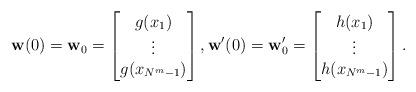
LaTeX: \begin{align*} \mathbf{w}(0)=\mathbf{w}_0=\begin{bmatrix} g(x_1)\\ \vdots \\ g(x_{N^m-1})\end{bmatrix} ,\mathbf{w'}(0)=\mathbf w'_0= \begin{bmatrix} h(x_1)\\ \vdots \\ h(x_{N^m-1})\end{bmatrix}.\end{align*}